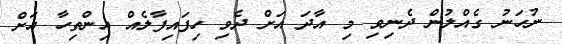
ނުހަނު ގެއްލުން ދެނިވި މި އާދަ އަށް ދެވި ހިފައިފާލެއް އިންތިހާ އަށް